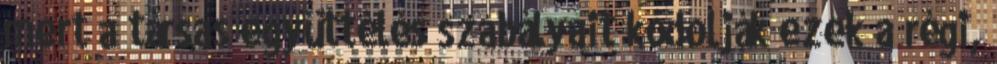
mert a társas együttélés szabályait kódolják ezek a régi,